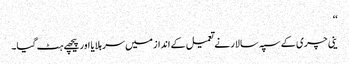
‘‘
ینی چری کے سپہ سالار نے تعمیل کے انداز میں سر ہلایا اور پیچھے ہٹ گیا۔